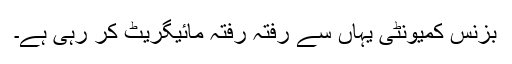
بزنس کمیونٹی یہاں سے رفتہ رفتہ مائیگریٹ کر رہی ہے۔